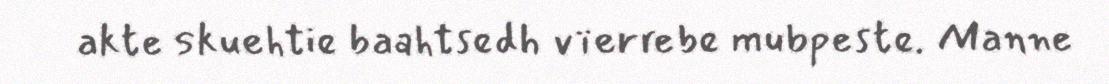
akte skuehtie baahtsedh vïerrebe mubpeste. Manne